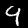
Digit: 9